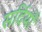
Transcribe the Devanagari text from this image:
सर्दियोँ